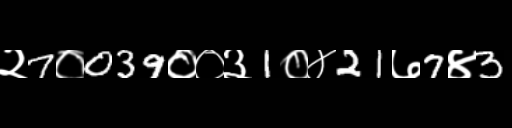
Text: २7०039००३1०४21७7४3